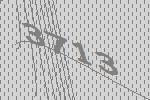
3713